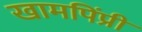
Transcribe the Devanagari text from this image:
खामपिंप्री